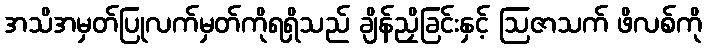
အသိအမှတ်ပြုလက်မှတ်ကိုရရှိသည် ချိန်ညှိခြင်းနှင့် ဩဇာသက် ဖိလစ်ကို